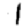
Digit: 1